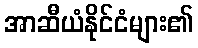
အာဆီယံနိုင်ငံများ၏